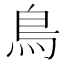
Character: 鳥